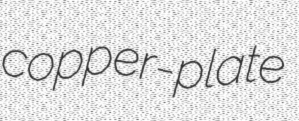
copper-plate